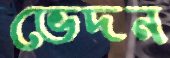
ভেদন